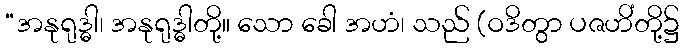
“အနုရုဒ္ဓါ၊ အနုရုဒ္ဓါတို့။ သော ခေါ အဟံ၊ သည် (ဝဒိတွာ ပဇဟိံတို့၌